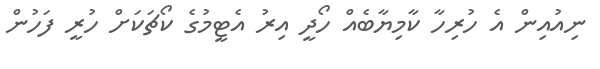
ނިއުއިން އެ ހުރިހާ ކާމިޔާބެއް ހޯދީ އިރު އެޓީމުގެ ކޯޗަކަށް ހުރީ ފަހުން